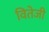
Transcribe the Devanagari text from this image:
वितेजी